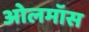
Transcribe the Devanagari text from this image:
ओलमॉस